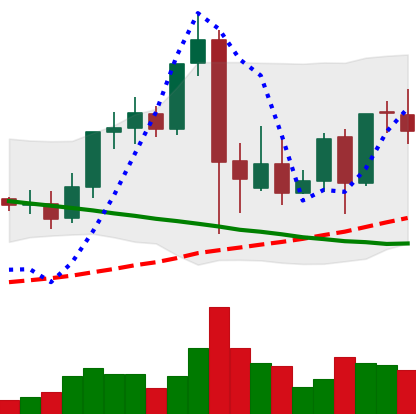
Ticker: LINK-USD
Chart end date: 2021-09-16
Forward return: -28.142%
Label: down_7plus